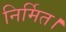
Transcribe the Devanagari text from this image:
निर्मित।